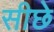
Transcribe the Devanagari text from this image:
सीछे